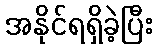
အနိုင်ရရှိခဲ့ပြီး